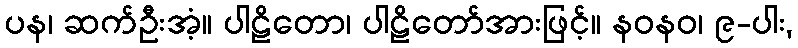
ပန၊ ဆက်ဦးအံ့။ ပါဠိတော၊ ပါဠိတော်အားဖြင့်။ နဝနဝ၊ ၉-ပါး,